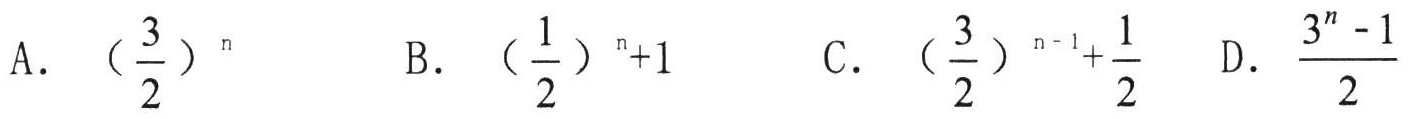
A. \((\frac{3}{2})^n\)  B. \((\frac{1}{2})^{n + 1}\)  C. \((\frac{3}{2})^{n - 1}+\frac{1}{2}\)  D. \(\frac{3^n - 1}{2}\)